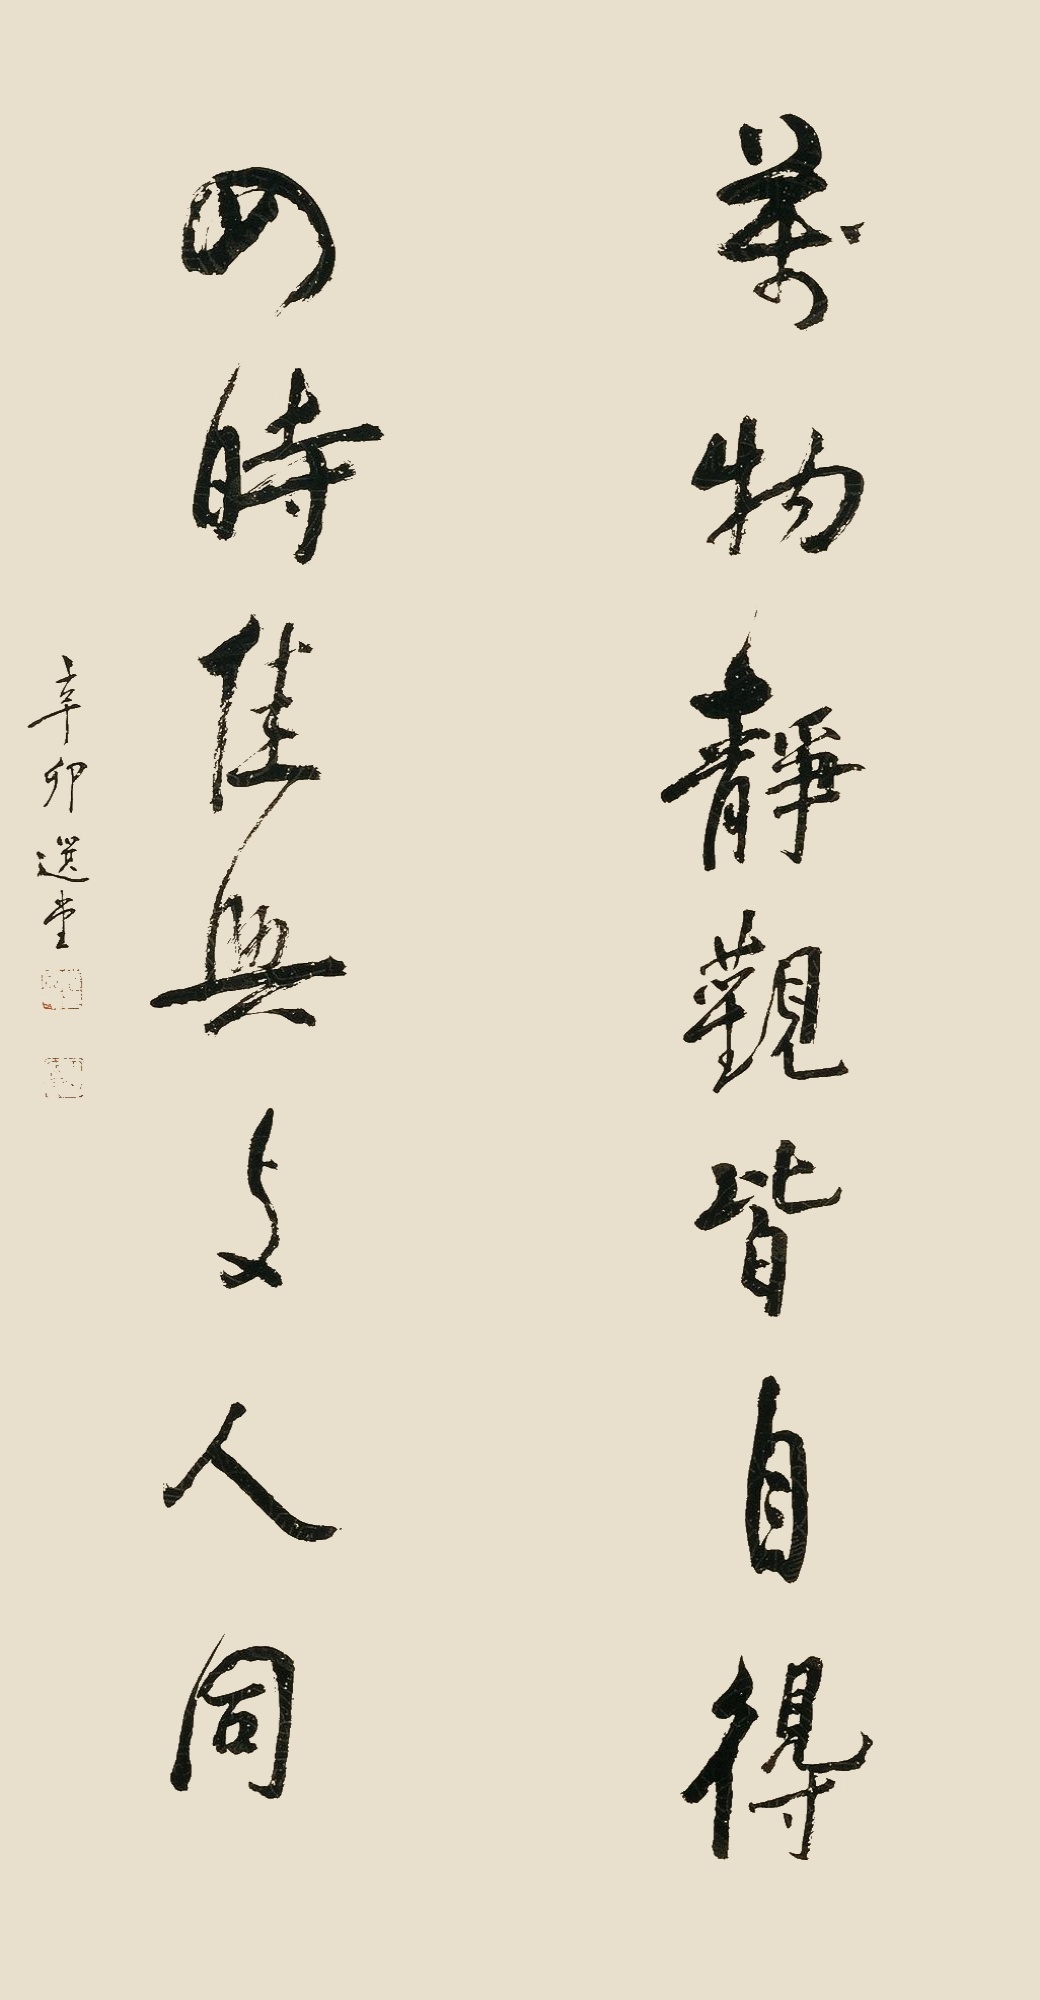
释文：万物静观皆自得，四时佳兴与人同。辛卯选堂。